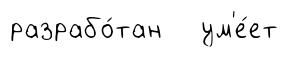
разрабо́тан ум'е́ет